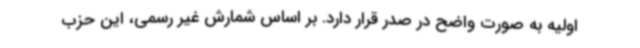
اولیه به صورت واضح در صدر قرار دارد. بر اساس شمارش غیر رسمی، این حزب